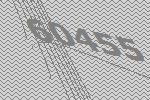
60455